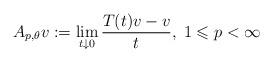
LaTeX: \begin{align*} A_{p,\theta}v := \lim_{t\downarrow 0}\frac{T(t)v-v}{t},\; 1\leqslant p<\infty\end{align*}